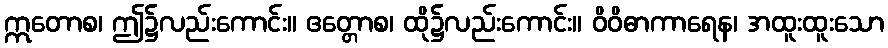
ဣတောစ၊ ဤ၌လည်းကောင်း။ ဧတ္တောစ၊ ထို၌လည်းကောင်း။ ဝိဝိဓာကာရေန၊ အထူးထူးသော